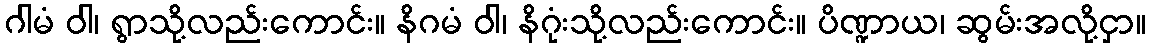
ဂါမံ ဝါ၊ ရွာသို့လည်းကောင်း။ နိဂမံ ဝါ၊ နိဂုံးသို့လည်းကောင်း။ ပိဏ္ဍာယ၊ ဆွမ်းအလို့ငှာ။